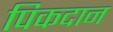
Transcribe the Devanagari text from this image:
पिकदान